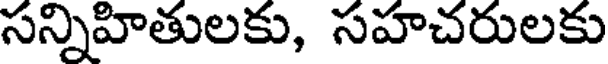
సన్నిహితులకు, సహచరులకు